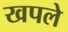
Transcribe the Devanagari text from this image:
खपले